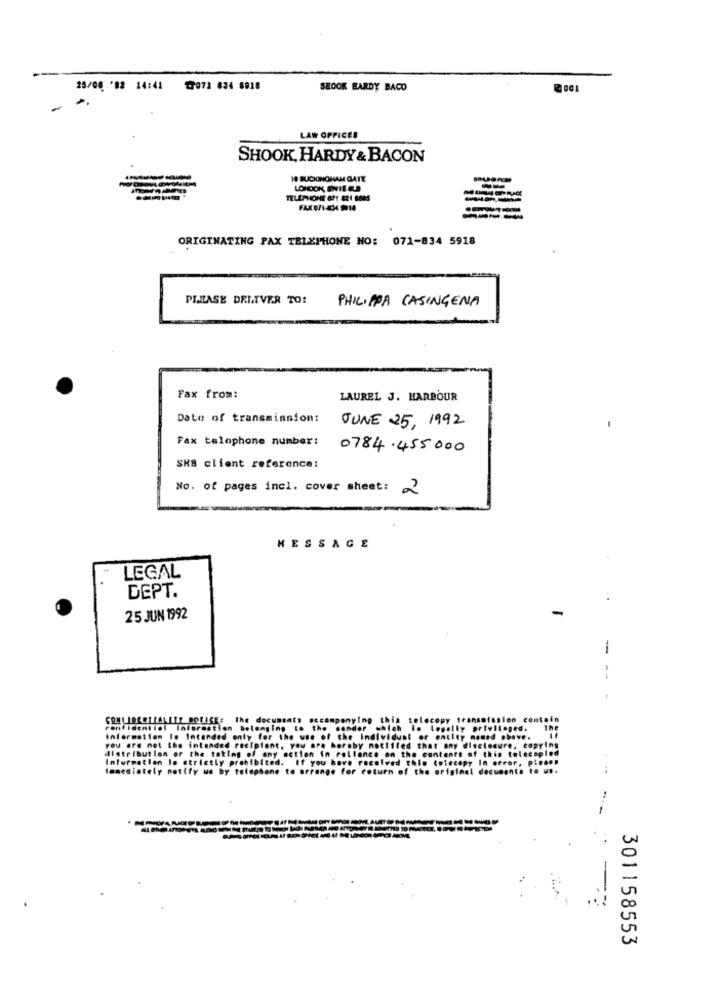
25/06 '82 14:41
77071 634 5918
SEOOK BARDY BACO
LAW OFFICES
SHOOK, HARDY & BACON
18 BUCKINGHAM GATE
LONDON, DWIEGLE
TELEPHONE 671 821 1645
FAX 0/1-4X4 9014
-----
ORIGINATING PAX TELEPHONE NO: 071-834 5918
PLEASE DELIVER TO!
PHILIPPA CASINGENA
Fax from:
LAUREL J. HARBOUR
Date of transminnion:
JUNE 25, 1992
Fax telephone number:
0784.455000
SKS client reference:
No. of pages incl. cover sheet: 2
MESSAGE
LEGAL
DEPT.
25 JUN 1992
-
aring this telecopy !
sion contain
confidential Information belonging #.
dor which is Legally
Lopes.
The
information Is Intended enty for the v
. Individual or entity
distribution or the taking of any netl
you are not the intended recipient, you
sby notified that any
the conten
is telecepled
re, copying
Information is strictly prohibited.
Immediately notify us by telephone to
for F
..
301158553